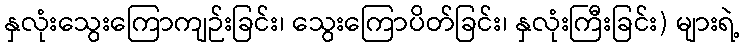
နှလုံးသွေးကြောကျဉ်းခြင်း၊ သွေးကြောပိတ်ခြင်း၊ နှလုံးကြီးခြင်း) များရဲ့